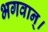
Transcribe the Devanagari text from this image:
भगवान्‌।